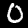
Digit: 0